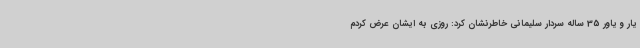
یار و یاور 35 ساله سردار سلیمانی خاطرنشان کرد: روزی به ایشان عرض کردم